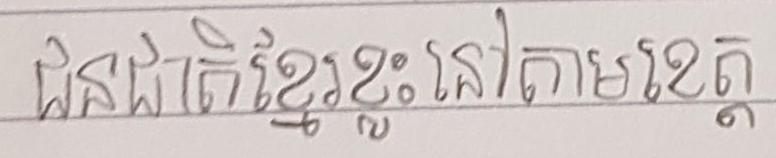
ជនជាត់ខ្មែរខ្លះនៅតាមខេត្ត